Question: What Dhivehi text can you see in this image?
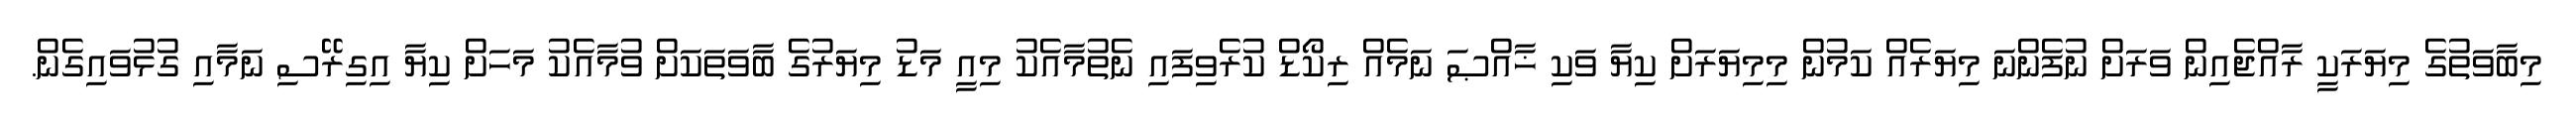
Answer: މިބާވަތުގެ މިޔަރަކީ ރާއްޖެއިން ވަރަށް ނުފެންނަ މިޔަރެއް ކަމުން މިމިޔަރަށް ކިޔާ ވަކި ޚާއްޞަ ނަމެއް ރިކޯޑް ކުރެވިފައި ނެތުމާއެކު މިއީ މަޑު މިޔަރުގެ ބާވަތަކަށް ވުމާއެކު މަހަށް ކިޔާ އިގިރޭސި ނަމާއި ގުޅުވައިގެން.